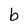
Character: b